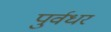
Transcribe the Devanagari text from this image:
पुर्वधर